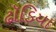
ઢૉડિયા